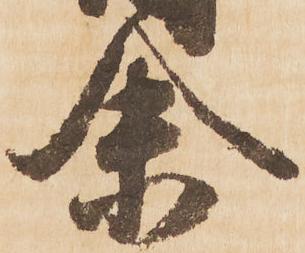
余